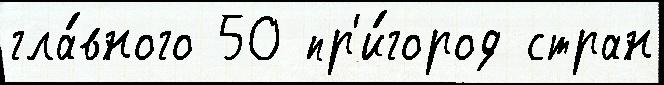
гла́вного 50 пр'и́город стран